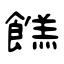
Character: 餻